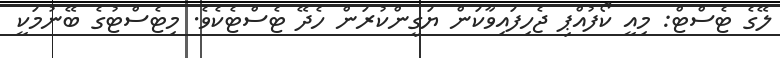
ލޭގެ ޓެސްޓް: މިއީ ކޯފުއްޕި ޖެހިފައިވާކަން ޔަގީންކުރަން ހެދޭ ޓެސްޓެކެވެ. މިޓެސްޓުގެ ބޭނުމަކީ